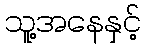
သူ့အနေနှင့်